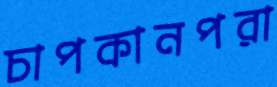
চাপকানপরা